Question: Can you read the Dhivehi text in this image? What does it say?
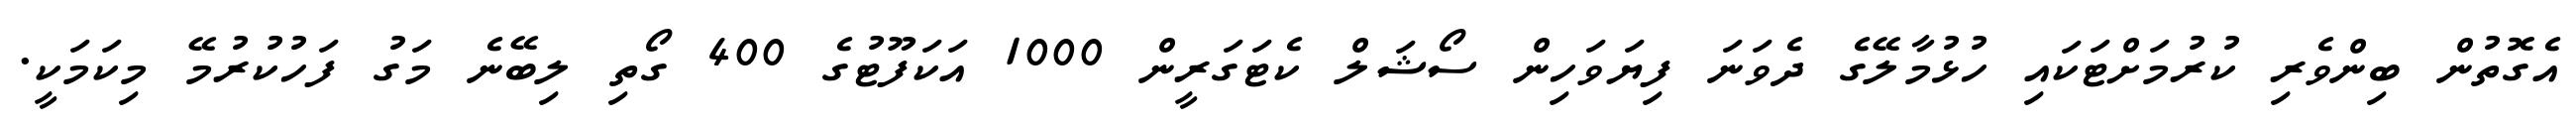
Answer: އެގޮތުން ބިންވެރި ކުރުމަށްޓަކައި ހުޅުމާލޭގެ ދެވަނަ ފިޔަވަހިން ސޯޝަލް ކެޓަގަރީން 1000 އަކަފޫޓުގެ 400 ގޯތި ލިބޭނެ މަގު ފަހުކުރުމޭ މިކަމަކީ.